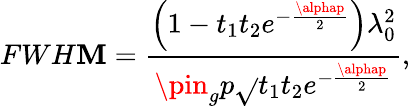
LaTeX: FWH\mathbf{M}=\frac{{\left(1-t_{1}t_{2}e^{-\frac{{\alphap}}{{2}}}\right)\lambda_{0}^{2}}}{{\pin_{g}p\sqrt{}{{t_{1}t_{2}e^{-\frac{{\alphap}}{{2}}}}}}},